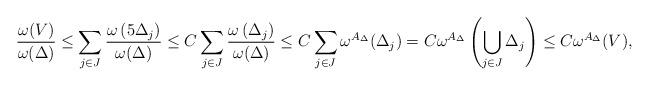
LaTeX: \begin{align*}\frac{\omega(V)}{\omega(\Delta)} \leq \sum_{j\in J} \frac{\omega\left( 5 \Delta_{j} \right)}{\omega(\Delta)} \le C \sum_{j\in J} \frac{\omega\left( \Delta_{j} \right)}{\omega(\Delta)} \le C \sum_{j\in J} \omega^{A_{\Delta}}(\Delta_{j}) = C\omega^{A_{\Delta}}\left( \bigcup_{j\in J} \Delta_{j} \right) \leq C\omega^{A_{\Delta}}(V),\end{align*}